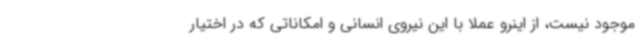
موجود نیست، از اینرو عملا با این نیروی انسانی و امکاناتی که در اختیار